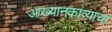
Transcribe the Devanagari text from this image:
आख्यानकाव्याचा